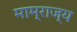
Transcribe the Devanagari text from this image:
माम्राज्य